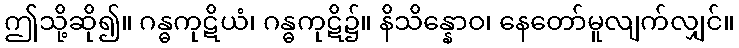
ဤသို့ဆို၍။ ဂန္ဓကုဋိယံ၊ ဂန္ဓကုဋိ၌။ နိသိန္နောဝ၊ နေတော်မူလျက်လျှင်။